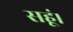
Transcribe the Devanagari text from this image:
सहूं।